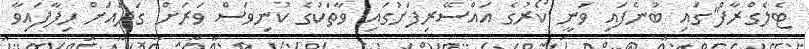
ޓެލެގްރާފް"ގައި ބުނެފައި ވަނީ ކޯރުގެ އަައްސޭރިފަށުގައި ވާތަކުގެ ކުނިވަސް ވަރަށް ގަދައަށް ހިފާފައިވާ